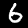
Label: 6